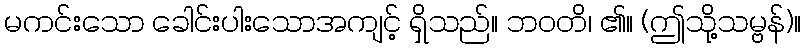
မကင်းသော ခေါင်းပါးသောအကျင့် ရှိသည်။ ဘဝတိ၊ ၏။ (ဤသို့သမ္ဗန်)။